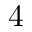
4